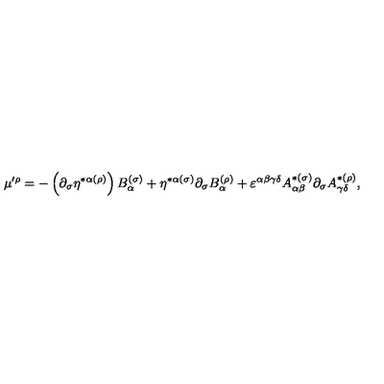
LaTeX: \mu ^ { \prime \rho } = - \left( \partial _ { \sigma } \eta ^ { * \alpha ( \rho ) } \right) B _ { \alpha } ^ { ( \sigma ) } + \eta ^ { * \alpha ( \sigma ) } \partial _ { \sigma } B _ { \alpha } ^ { ( \rho ) } + \varepsilon ^ { \alpha \beta \gamma \delta } A _ { \alpha \beta } ^ { * ( \sigma ) } \partial _ { \sigma } A _ { \gamma \delta } ^ { * ( \rho ) } ,